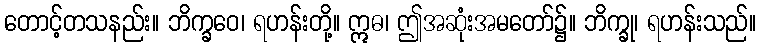
တောင့်တသနည်း။ ဘိက္ခဝေ၊ ရဟန်းတို့။ ဣဓ၊ ဤအဆုံးအမတော်၌။ ဘိက္ခု၊ ရဟန်းသည်။